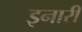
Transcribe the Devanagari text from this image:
इनारी